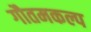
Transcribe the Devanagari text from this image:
गौतमकल्प